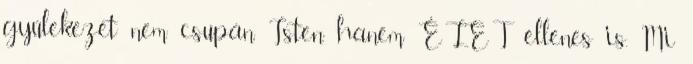
gyülekezet nem csupán Isten hanem ÉLET ellenes is. Mi